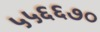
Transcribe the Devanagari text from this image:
५५६६७०